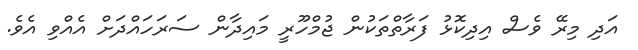
އަދި މިރޭ ވެސް އިދިކޮޅު ފަރާތްތަކުން ޖުމްހޫރީ މައިދާން ސަރަހައްދަށް އެއްވި އެވެ.